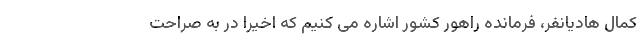
کمال هادیانفر، فرمانده راهور کشور اشاره می کنیم که اخیراً در به صراحت